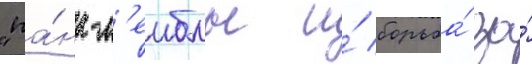
"па́нк-л'еиблы и́ борьба́ за́